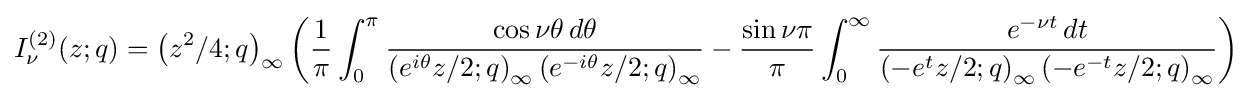
I_{\nu }^{(2)}(z;q)=\left(z^{2}/4;q\right)_{\infty }\left({\frac {1}{\pi }}\int _{0}^{\pi }{\frac {\cos \nu \theta \,d\theta }{\left(e^{i\theta }z/2;q\right)_{\infty }\left(e^{-i\theta }z/2;q\right)_{\infty }}}-{\frac {\sin \nu \pi }{\pi }}\int _{0}^{\infty }{\frac {e^{-\nu t}\,dt}{\left(-e^{t}z/2;q\right)_{\infty }\left(-e^{-t}z/2;q\right)_{\infty }}}\right)